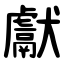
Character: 獻